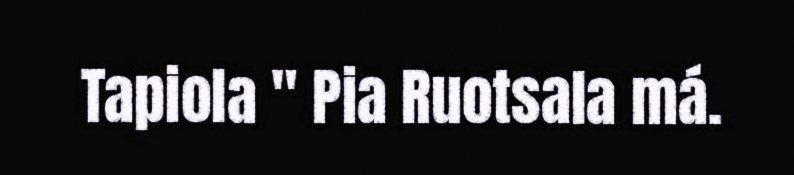
Tapiola " Pia Ruotsala má.